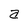
Character: a